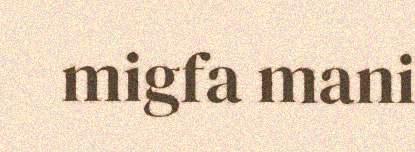
migfa mani